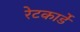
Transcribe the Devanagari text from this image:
रेटकार्डे